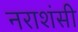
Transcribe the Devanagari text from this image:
नराशंसी